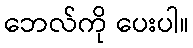
ဘေလ်ကို ပေးပါ။